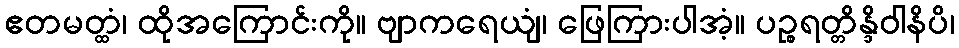
ဧတမတ္ထံ၊ ထိုအကြောင်းကို။ ဗျာကရေယျံ၊ ဖြေကြားပါအံ့။ ပဉ္စရတ္တိန္ဒိဝါနိပိ၊